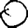
Digit: 0